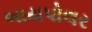
બાયપોલર